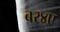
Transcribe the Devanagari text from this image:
बर४ए